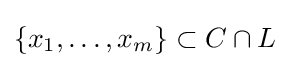
\{x_{1},\ldots ,x_{m}\}\subset C\cap L